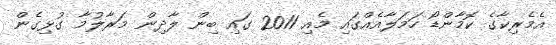
އެމެރިކާގެ ކޮމާންޑޯ ހަމަލާއެއްގައި މެއި 2011 ގައި ބިން ލާދިން މަރާލުމާ ގުޅިގެން